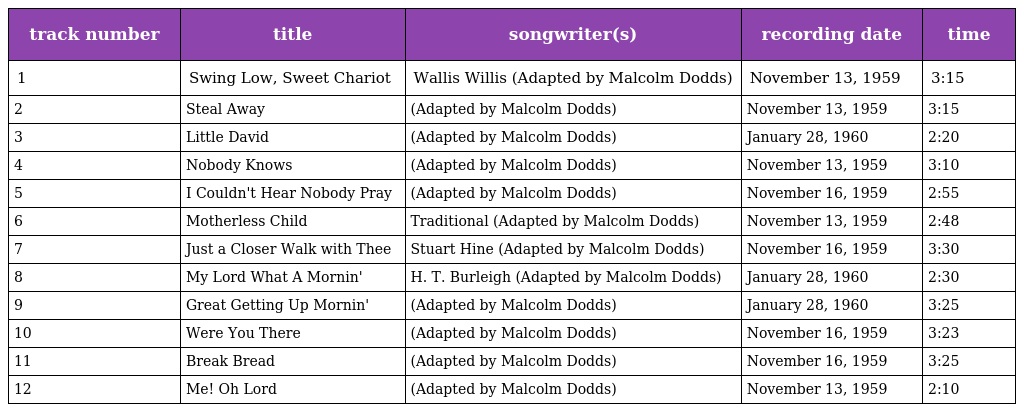
| track number | title | songwriter(s) | recording date | time |
 | --- | --- | --- | --- | --- |
 | 1 | Swing Low, Sweet Chariot | Wallis Willis (Adapted by Malcolm Dodds) | November 13, 1959 | 3:15 |
 | 2 | Steal Away | (Adapted by Malcolm Dodds) | November 13, 1959 | 3:15 |
 | 3 | Little David | (Adapted by Malcolm Dodds) | January 28, 1960 | 2:20 |
 | 4 | Nobody Knows | (Adapted by Malcolm Dodds) | November 13, 1959 | 3:10 |
 | 5 | I Couldn't Hear Nobody Pray | (Adapted by Malcolm Dodds) | November 16, 1959 | 2:55 |
 | 6 | Motherless Child | Traditional (Adapted by Malcolm Dodds) | November 13, 1959 | 2:48 |
 | 7 | Just a Closer Walk with Thee | Stuart Hine (Adapted by Malcolm Dodds) | November 16, 1959 | 3:30 |
 | 8 | My Lord What A Mornin' | H. T. Burleigh (Adapted by Malcolm Dodds) | January 28, 1960 | 2:30 |
 | 9 | Great Getting Up Mornin' | (Adapted by Malcolm Dodds) | January 28, 1960 | 3:25 |
 | 10 | Were You There | (Adapted by Malcolm Dodds) | November 16, 1959 | 3:23 |
 | 11 | Break Bread | (Adapted by Malcolm Dodds) | November 16, 1959 | 3:25 |
 | 12 | Me! Oh Lord | (Adapted by Malcolm Dodds) | November 13, 1959 | 2:10 |